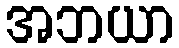
အဘယာ